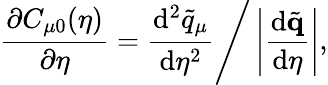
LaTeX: \frac{\partial C_{\mu 0}(\eta)}{\partial\eta}=\frac{\mathrm{d}^{2}\tilde{q}_{\mu}}{\mathrm{d}\eta^{2}}\Bigg/\left|\frac{\mathrm{d}\tilde{\mathbf{q}}}{\mathrm{d}\eta}\right|,